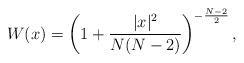
\begin{align*}W(x) = \left ( 1 + \frac{|x|^2}{N(N-2)} \right )^{-\frac{N-2}{2}},\end{align*}